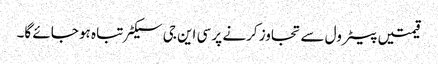
قیمتیں پیٹرول سے تجاوز کرنے پر سی این جی سیکٹر تباہ ہو جائے گا۔